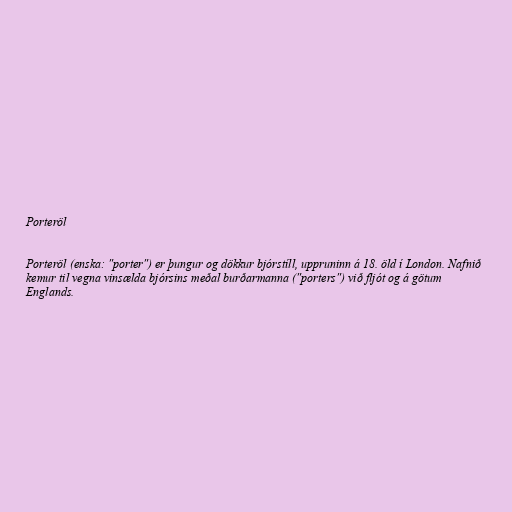
Porteröl

Porteröl (enska: "porter") er þungur og dökkur bjórstíll, uppruninn á 18. öld í London. Nafnið
kemur til vegna vinsælda bjórsins meðal burðarmanna ("porters") við fljót og á götum
Englands.